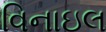
વિનાઇલ